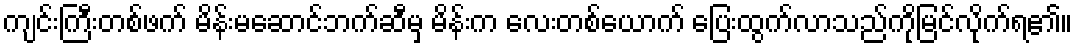
ကျင်းကြီးတစ်ဖက် မိန်းမဆောင်ဘက်ဆီမှ မိန်းက လေးတစ်ယောက် ပြေးထွက်လာသည်ကိုမြင်လိုက်ရ၏။